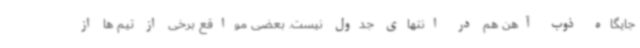
جایگاه ذوب آهن هم در انتهای جدول نیست. بعضی مواقع برخی از تیم ها از